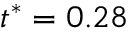
t ^ { * } = 0 . 2 8